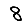
Digit: 8